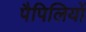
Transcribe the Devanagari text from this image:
पैपिलियों